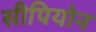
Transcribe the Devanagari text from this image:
सीपियोन